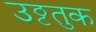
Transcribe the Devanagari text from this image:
उट्ठतुक